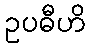
ဥပဓီဟိ